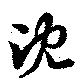
沈